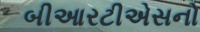
બીઆરટીએસનો